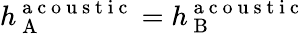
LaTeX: h_{\mathrm{~A~}}^{\mathrm{~a~c~o~u~s~t~i~c~}}=h_{\mathrm{~B~}}^{\mathrm{~a~c~o~u~s~t~i~c~}}